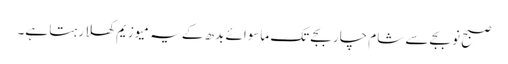
صبح نو بجے سے شام چار بجے تک ماسوائے بدھ کے یہ میوزیم کھلا رہتا ہے۔